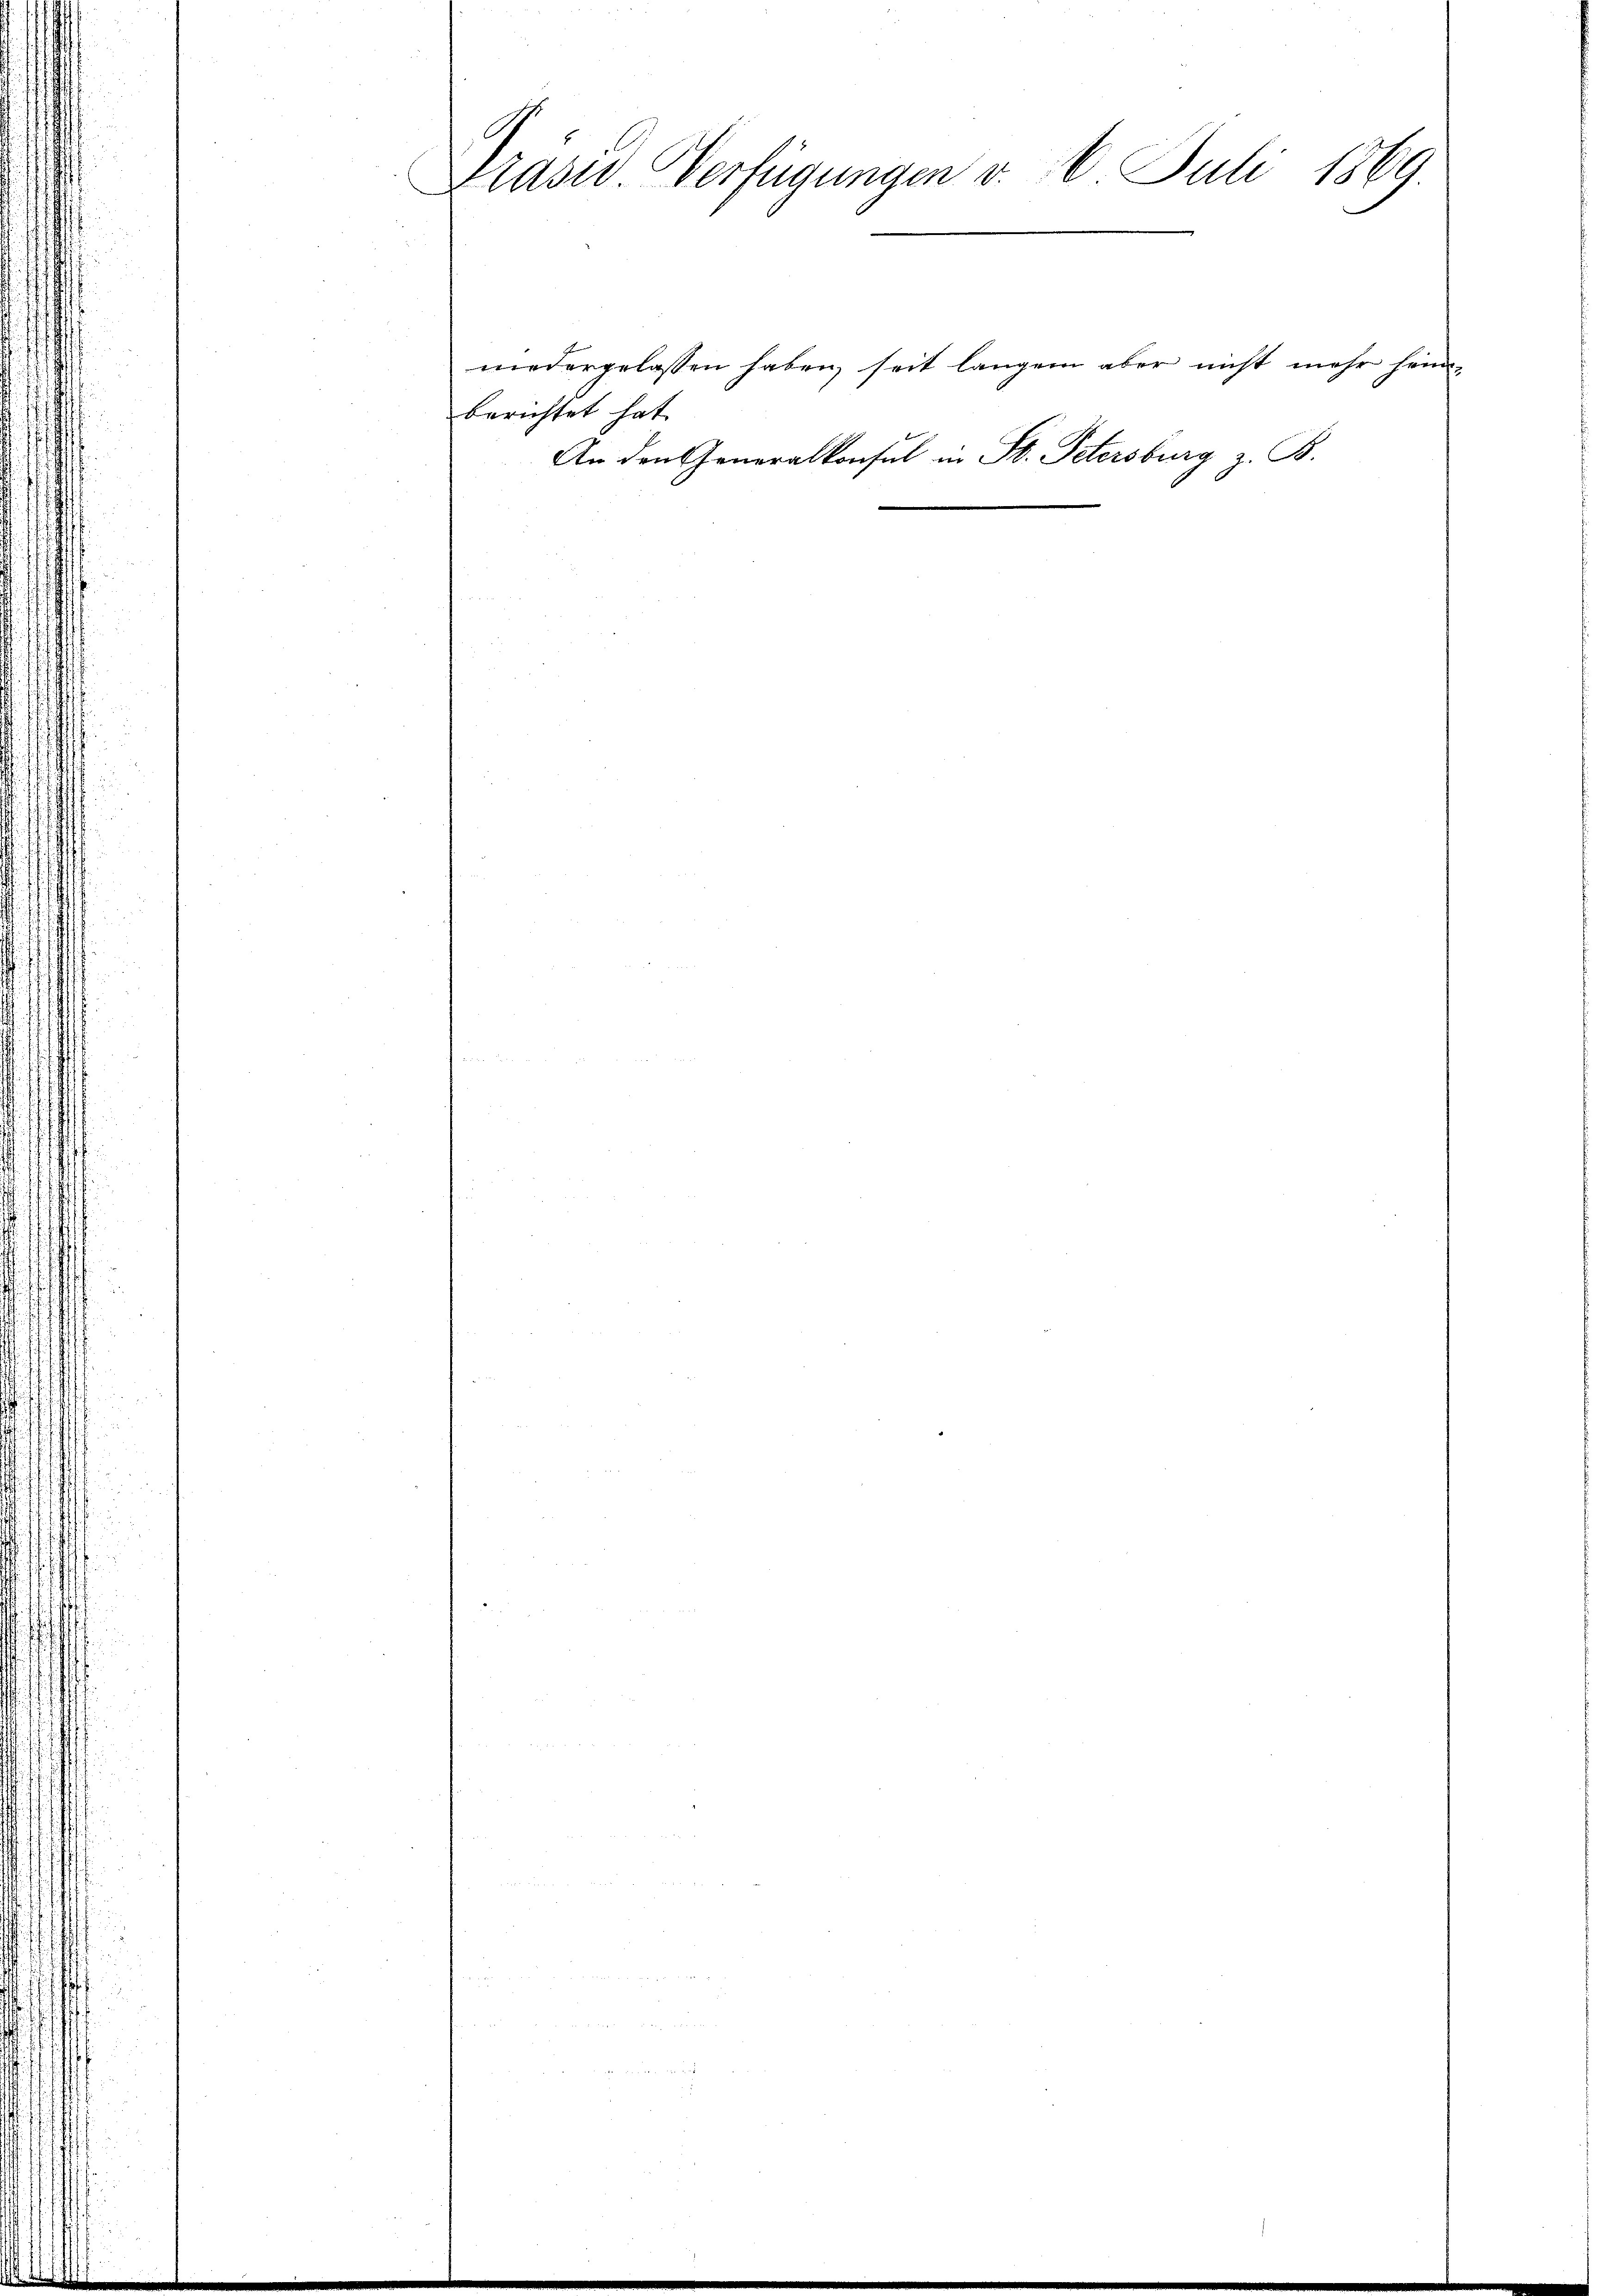
Präsid. Verfügungen v. 6. Juli 1869.

berichtet hat.
An den Generalkonsul in St. Petersburg z. B.

niedergelassen haben, seit langen aber nicht mehr heim-